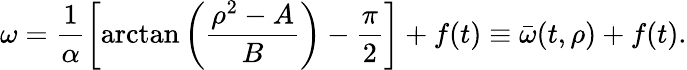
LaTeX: \omega=\frac{1}{\alpha}\left[\arctan\left(\frac{\rho^{2}-A}{B}\right)-\frac{\pi}{2}\right]+f(t)\equiv\bar{\omega}(t,\rho)+f(t).